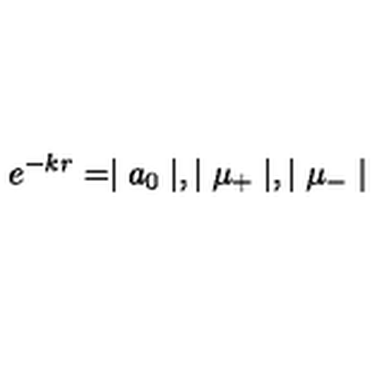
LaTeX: e ^ { - k r } = \mid a _ { 0 } \mid , \mid \mu _ { + } \mid , \mid \mu _ { - } \mid